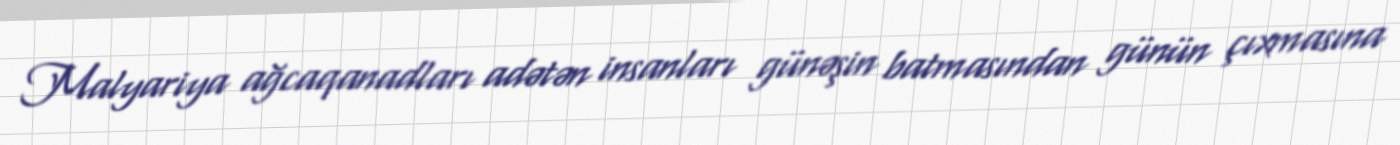
Malyariya ağcaqanadları adətən insanları günəşin batmasından günün çıxmasına